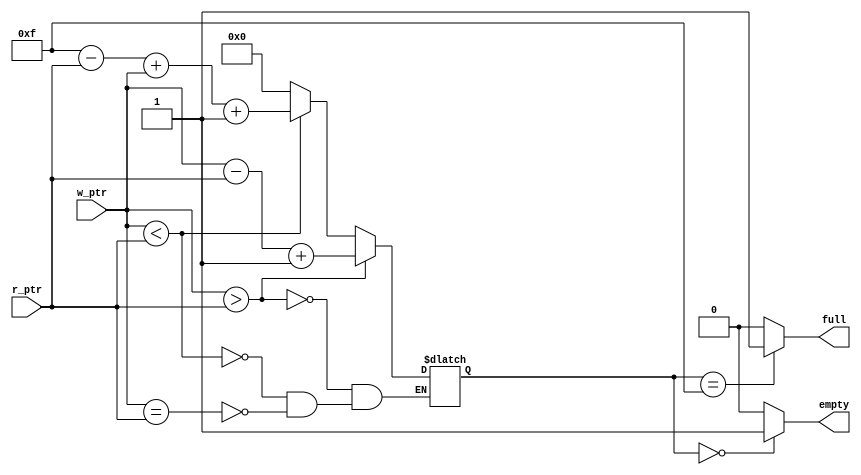
// A synchronous fifo compare and status
// The job of this modeul is to provide empty and full flags.

module compare_and_status_logic (
    input  [3:0] w_ptr,     // Write pointer
    output reg   full,      // Full
    input  [3:0] r_ptr,     // Read pointer
    output reg   empty);    // Empty

    parameter depth = 4'b1111;  // Depth of the FIFO

    // DATA TYPES
    reg [3:0] ptr_diff;

    // FULL STATUS
    always @(*) begin
        if (ptr_diff == depth) begin
          full = 1'b1;
        end else begin
          full = 1'b0;
        end
    end

    // EMPTY STATUS
    always @(*) begin
        if (ptr_diff == 0) begin
          empty = 1'b1;
        end else begin
          empty = 1'b0;
        end
    end

    // HOW MUCH MEMORY USED
    // ALWAYS BLOCK with NON-BLOCKING PROCEDURAL ASSIGNMENT STATEMENT
    always @(*) begin
        if (w_ptr > r_ptr) begin
            ptr_diff <= w_ptr - r_ptr + 1;
        end else if (w_ptr < r_ptr) begin
            ptr_diff <= (depth - r_ptr) + w_ptr + 1;
        end else if (w_ptr == r_ptr) begin
            ptr_diff <= 0;
        end
    end

endmodule